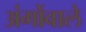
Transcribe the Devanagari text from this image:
अंगोंवाले